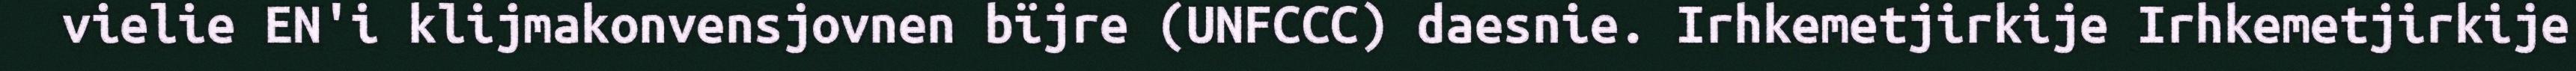
vielie EN'i klijmakonvensjovnen bïjre (UNFCCC) daesnie. Irhkemetjirkije Irhkemetjirkije